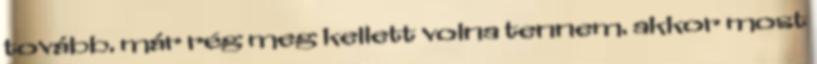
tovább. már rég meg kellett volna tennem. akkor most